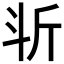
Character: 𣁰